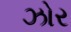
ઝોર